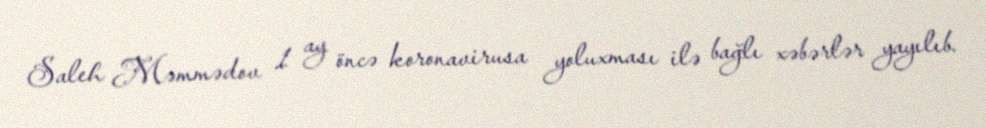
Saleh Məmmədov 1 ay öncə koronavirusa yoluxması ilə bağlı xəbərlər yayılıb.